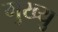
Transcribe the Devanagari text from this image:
मुख्यु